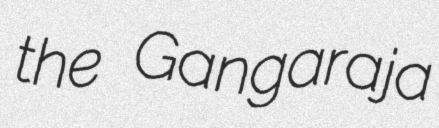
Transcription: the Gangaraja